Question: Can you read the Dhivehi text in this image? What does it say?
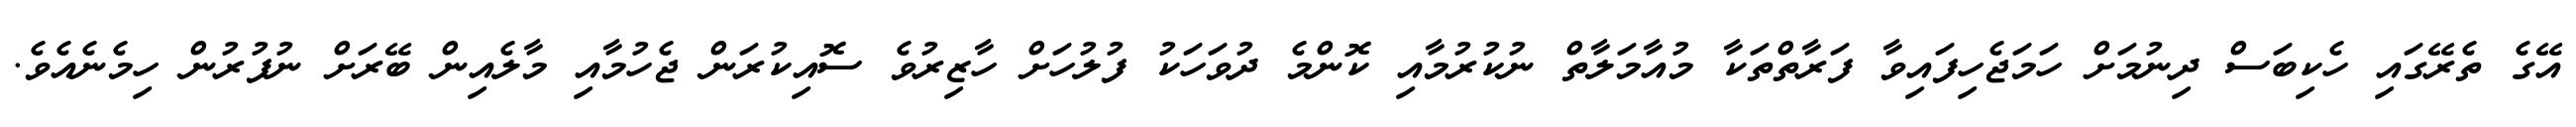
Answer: އޭގެ ތެރޭގައި ހެކިބަސް ދިނުމަށް ހަމަޖެހިފައިވާ ފަރާތްތަކާ މުއާމަލާތް ނުކުރުމާއި ކޮންމެ ދުވަހަކު ފުލުހަށް ހާޒިރުވެ ސޮއިކުރަން ޖެހުމާއި މާލެއިން ބޭރަށް ނުފުރުން ހިމެނެއެވެ.